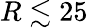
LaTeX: R\lesssim 25